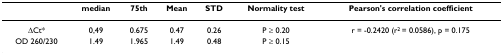
<table><thead><tr><td>[EMPTY_CELL]</td><td><b>median</b></td><td><b>75th</b></td><td><b>Mean</b></td><td><b>STD</b></td><td><b>Normality test</b></td><td><b>Pearson's correlation coefficient</b></td></tr></thead><tbody><tr><td>ΔCt*</td><td>0,49</td><td>0.675</td><td>0.47</td><td>0.26</td><td>P ≥ 0.20</td><td>r = -0.2420 (r<sup>2 </sup>= 0.0586), p = 0.175</td></tr><tr><td>OD 260/230</td><td>1.49</td><td>1.965</td><td>1.49</td><td>0.48</td><td>P ≥ 0.15</td><td>[EMPTY_CELL]</td></tr></tbody></table>